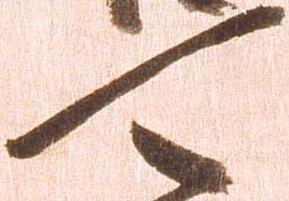
可